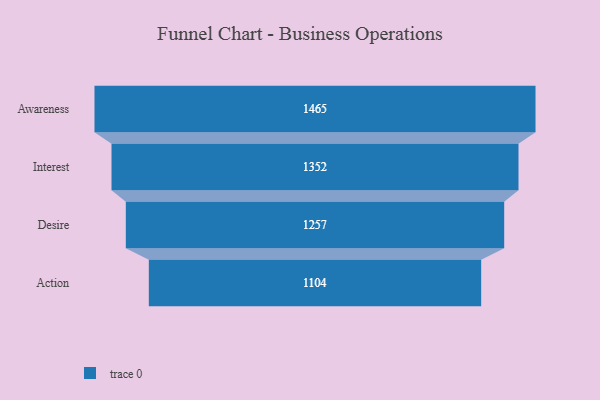
{"axis": {"x": "Stage", "y": "Value"}, "legend": [""], "data": [{"x": "Awareness", "y": 1465.0, "type": ""}, {"x": "Interest", "y": 1352.0, "type": ""}, {"x": "Desire", "y": 1257.0, "type": ""}, {"x": "Action", "y": 1104.0, "type": ""}]}